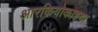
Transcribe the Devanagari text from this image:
आरकियोकाइथा